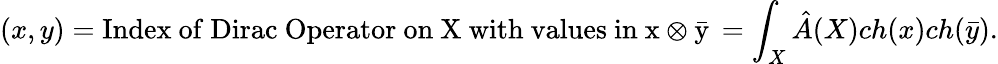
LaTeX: (x,y)=\mathrm{Index\ of\ Dirac\ Operator\ on\ X\ with\ values\ in\ x\otimes\bar{y}}\, =\int_{X}\hat{A}(X)ch(x)ch(\bar{y}).